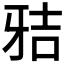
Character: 𰠢